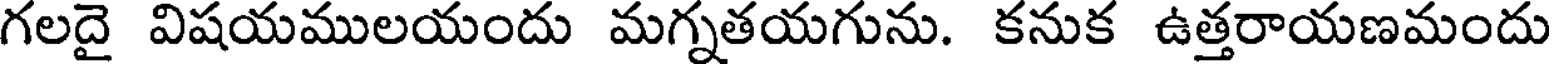
గలదై విషయములయందు మగ్నతయగును. కనుక ఉత్తరాయణమందు